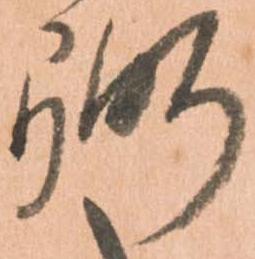
弼